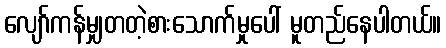
လျော်ကန်မျှတတဲ့စားသောက်မှုပေါ် မူတည်နေပါတယ်။